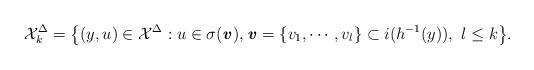
LaTeX: \begin{align*}\mathcal{X}_k^{\Delta}=\big\{(y,u)\in \mathcal{X}^{\Delta}:u \in\sigma (\textbf{\textit{v}}),\textbf{\textit{v}}=\{v_1,\cdots ,v_l\}\subset i(h^{-1}(y)),\ l\leq k\big\}.\end{align*}